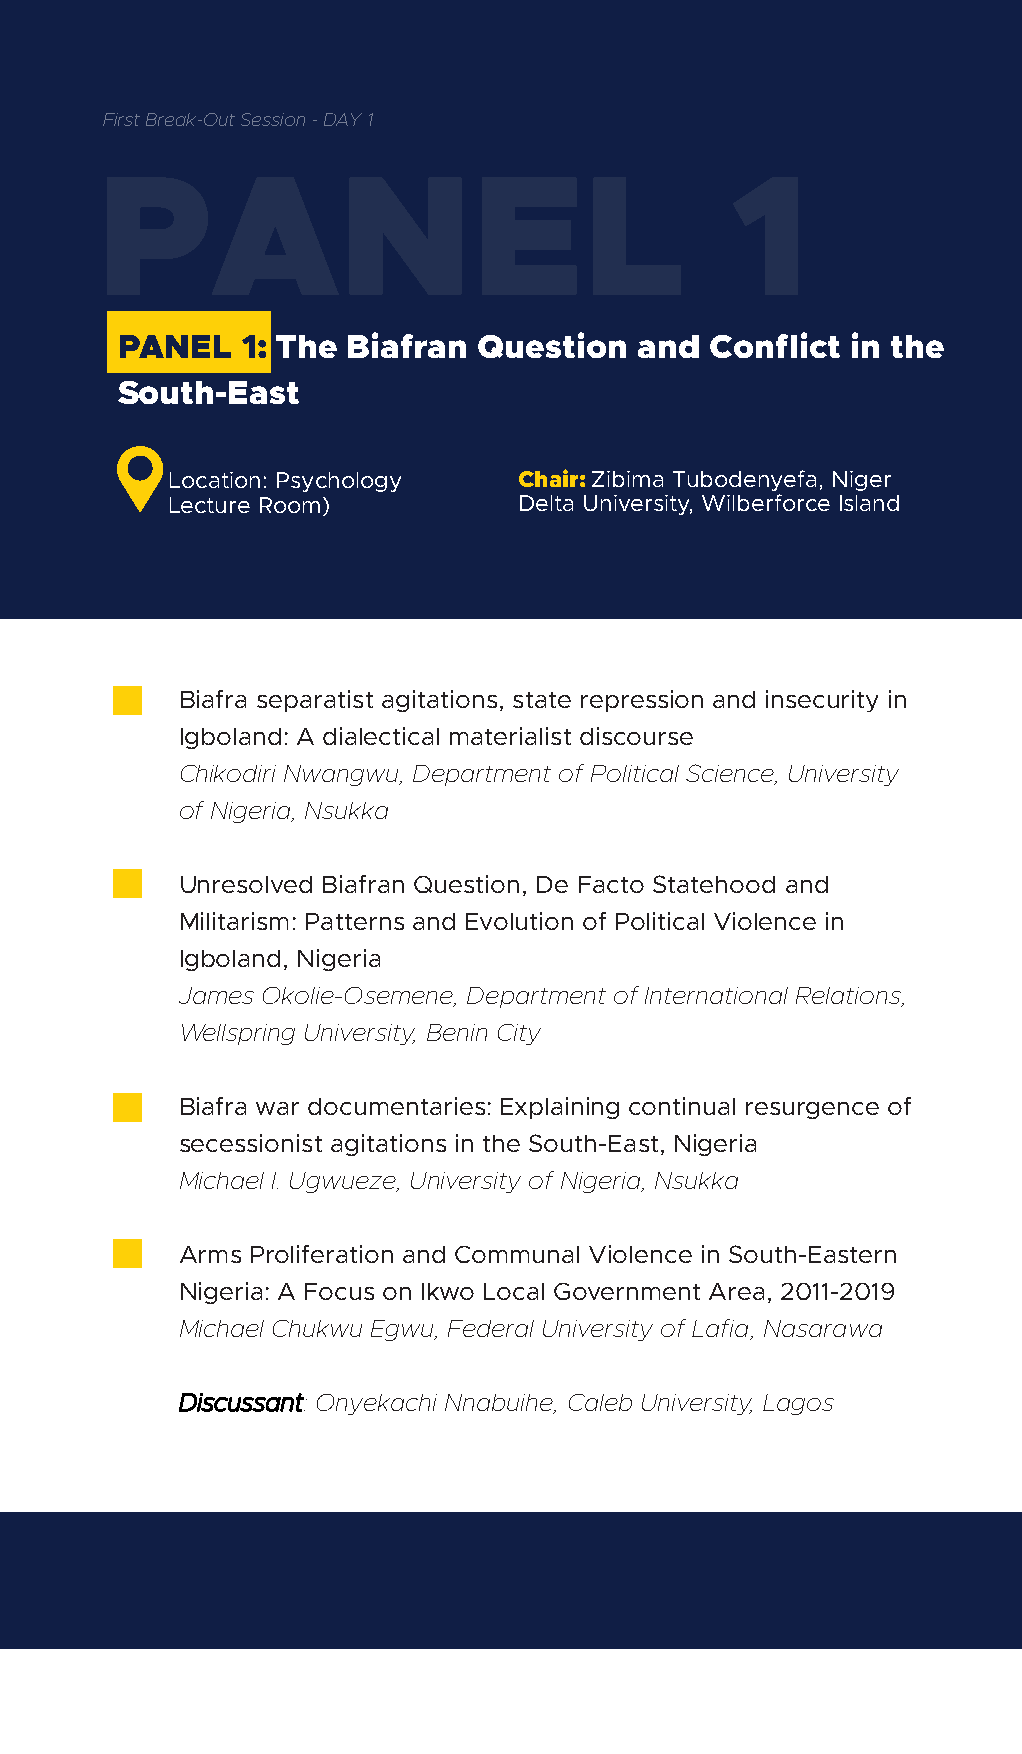
First Break-Out Session - DAY 1
 PANEL                                     1
 PANEL   1: The Biafran  Question  and  Conflict in the
 South-East
 TEA BREAK
 Location: Psychology   Chair: Zibima Tubodenyefa, Niger
 Lecture Room)          Delta University, Wilberforce Island
 Biafra separatist agitations, state repression and insecurity in
 Igboland: A dialectical materialist discourse
 Chikodiri Nwangwu, Department of Political Science, University
 of Nigeria, Nsukka
 Unresolved Biafran Question, De Facto Statehood and
 Militarism: Patterns and Evolution of Political Violence in
 Igboland, Nigeria
 James Okolie-Osemene, Department of International Relations,
 Wellspring University, Benin City
 Biafra war documentaries: Explaining continual resurgence of
 secessionist agitations in the South-East, Nigeria
 Michael I. Ugwueze, University of Nigeria, Nsukka
 Arms Proliferation and Communal Violence in South-Eastern
 Nigeria: A Focus on Ikwo Local Government Area, 2011-2019
 Michael Chukwu Egwu, Federal University of Lafia, Nasarawa
 Ukoha Ukiwo, University of Port Harcourt & Discussant: Onyekachi Nnabuihe, Caleb University, Lagos
 Sylvester Odion- Akhaine, Lagos State University.